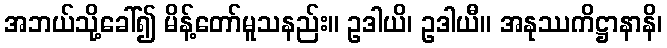
အဘယ်သို့ခေါ်၍ မိန့်တော်မူသနည်း။ ဥဒါယိ၊ ဥဒါယီ။ အနုဿကိဋ္ဌာနာနိ၊